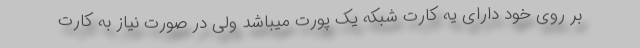
بر روی خود دارای یه کارت شبکه یک پورت میباشد ولی در صورت نیاز به کارت